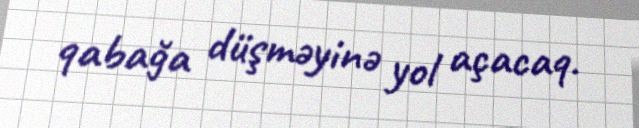
qabağa düşməyinə yol açacaq.